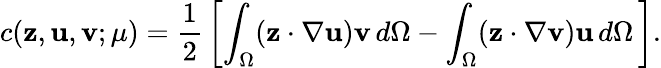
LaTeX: c(\textbf{z},\textbf{u},\textbf{v};\mu)=\frac{1}{2}\, \left[\int_{\Omega}(\textbf{z}\cdot\nabla\textbf{u})\textbf{v}\, d\Omega-\int_{\Omega}(\textbf{z}\cdot\nabla\textbf{v})\textbf{u}\, d\Omega\, \right].